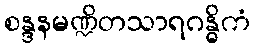
စန္ဒနမဏ္ဍိတသာရဂန္ဓိကံ